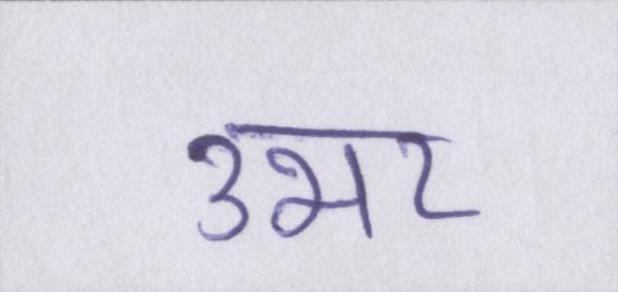
उभर